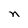
Character: n